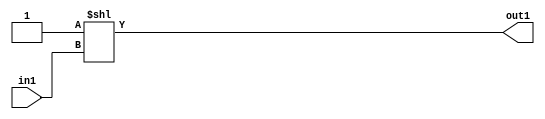
`timescale 1ps / 1ps
/*****************************************************************************
    Verilog RTL Description
    
    
    Created by: Stratus DpOpt 2019.1.01 
*******************************************************************************/

module DC_Filter_DECODE_16U_45_4 (
	in1,
	out1
	); /* architecture "behavioural" */ 
input [3:0] in1;
output [15:0] out1;
wire [15:0] asc001;

assign asc001 = 16'B0000000000000001 << in1;

assign out1 = asc001;
endmodule

/* CADENCE  ubDxTgk= : u9/ySgnWtBlWxVPRXgAZ4Og= ** DO NOT EDIT THIS LINE ******/